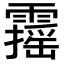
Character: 𩆋